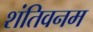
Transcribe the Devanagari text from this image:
शंतिवनम